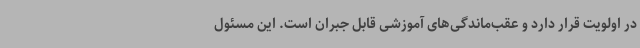
در اولویت قرار دارد و عقب‌ماندگی‌های آموزشی قابل جبران است. این مسئول